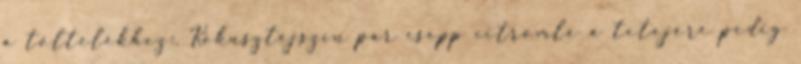
a töltelékhez:. Kókusztejszín pár csepp citromlé a tetejére pedig